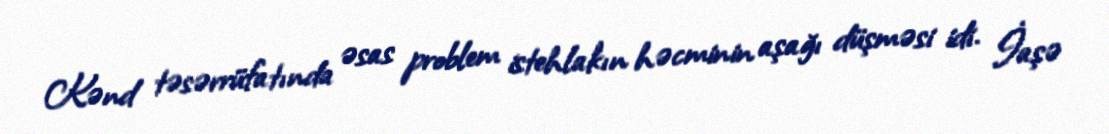
Kənd təsərrüfatında əsas problem istehlakın həcminin aşağı düşməsi idi. İaşə